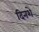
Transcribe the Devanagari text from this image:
दिनशे